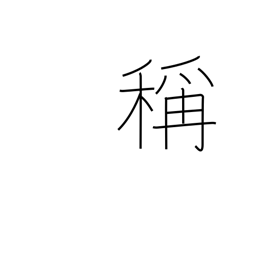
Meaning: brand